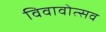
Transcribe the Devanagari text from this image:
विवावोत्सव